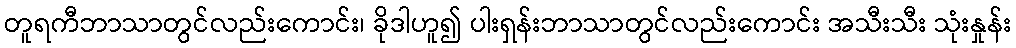
တူရကီဘာသာတွင်လည်းကောင်း၊ ခိုဒါဟူ၍ ပါးရှန်းဘာသာတွင်လည်းကောင်း အသီးသီး သုံးနှုန်း